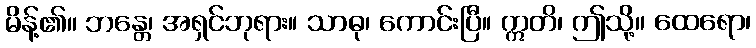
မိန့်၏။ ဘန္တေ၊ အရှင်ဘုရား။ သာဓု၊ ကောင်းပြီ။ ဣတိ၊ ဤသို့။ ထေရော၊